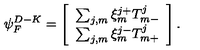
{ \psi } _ { F } ^ { D - K } = \left[ \begin{array} { c } { \sum _ { j , m } \xi _ { m } ^ { j + } T _ { m - } ^ { j } } \\ { \sum _ { j , m } \xi _ { m } ^ { j - } T _ { m + } ^ { j } } \\ \end{array} \right] .